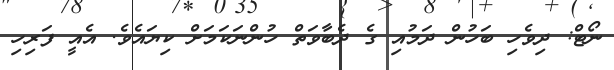
ނޯޓް: ދިވެހި ބަހުން ދަމުއި ގެ ދެބާވަތް ހުންނަކަމަށް ކިޔައެވެ. އެއީ ފަރިހި